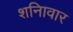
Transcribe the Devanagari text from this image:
शनिावार